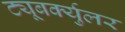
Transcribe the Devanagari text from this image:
ट्यूबर्क्युलर